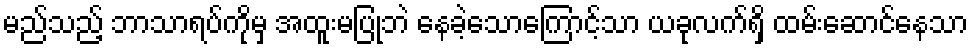
မည်သည့် ဘာသာရပ်ကိုမှ အထူးမပြုဘဲ နေခဲ့သောကြောင့်သာ ယခုလက်ရှိ ထမ်းဆောင်နေသာ